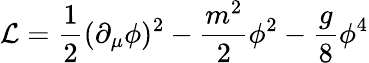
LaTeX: \mathcal{L}=\frac{1}{2}(\partial_{\mu}\phi)^{2}-\frac{m^{2}}{2}\phi^{2}-\frac{g}{8}\phi^{4}